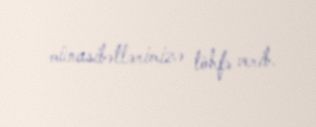
münasibətlərimizə töhfə verib.